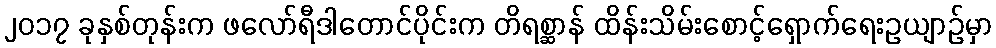
၂၀၁၇ ခုနှစ်တုန်းက ဖလော်ရီဒါတောင်ပိုင်းက တိရစ္ဆာန် ထိန်းသိမ်းစောင့်ရှောက်ရေးဥယျာဉ်မှာ